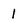
Character: 1